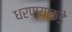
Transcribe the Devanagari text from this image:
धरण्याकडे